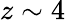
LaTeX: z\sim 4